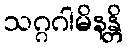
သဂ္ဂဂါမိနန္တိ